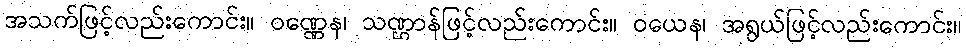
အသက်ဖြင့်လည်းကောင်း။ ဝဏ္ဏေန၊ သဏ္ဌာန်ဖြင့်လည်းကောင်း။ ဝယေန၊ အရွယ်ဖြင့်လည်းကောင်း။